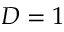
D = 1